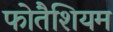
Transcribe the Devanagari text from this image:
फोतैशियम